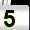
Digit: 5